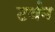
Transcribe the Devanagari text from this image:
टर्बन